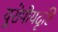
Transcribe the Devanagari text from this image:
यूरोपीयदृष्टि